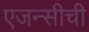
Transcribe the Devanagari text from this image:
एजन्सीची